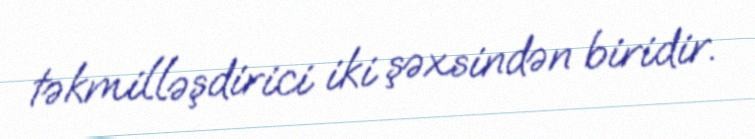
təkmilləşdirici iki şəxsindən biridir.